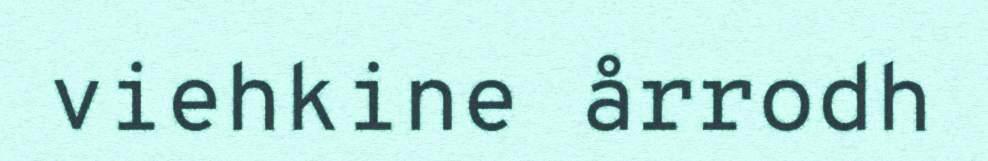
viehkine årrodh